Indian journal of veterinary science and animal husbandry - Volume 6,
Year: 1936
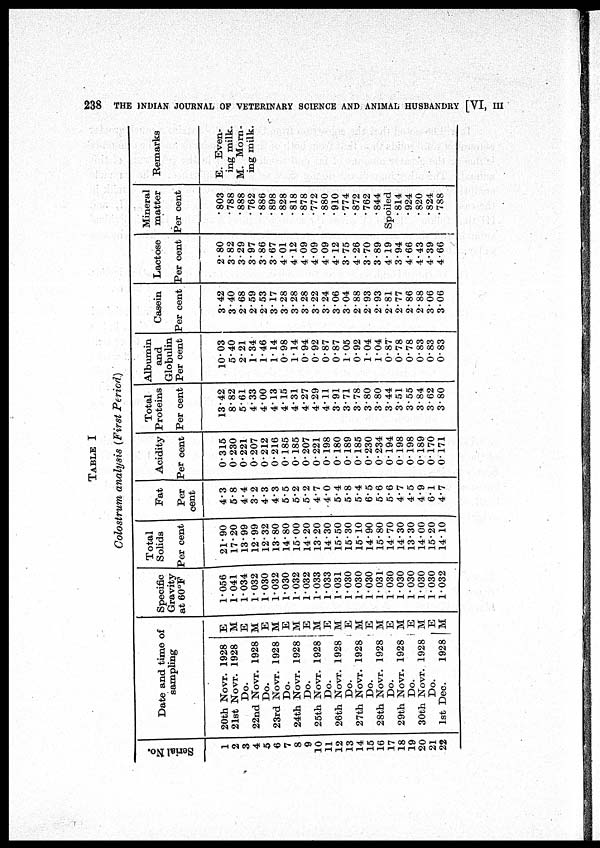
238
THE INDIAN JOURNAL OF VETERINARY SCIENCE AND ANIMAL HUSBANDRY [VI,
III
TABLE I
Colostrum analysis (First Period)
Serial No.
1
2
3
4
5
6
7
8
9
10
11
12
13
14
15
16
17
18
19
20
21
22
Date and time of
sampling
20th Novr. 1928
21st Novr. 1928
Do.
22nd Novr. 1928
Do.
23rd Novr. 1928
Do.
24th Novr. 1928
Do.
25th Novr. 1928
Do.
26th Novr. 1928
Do.
27th Novr. 1928
Do.
28th Novr. 1928
Do.
29th Novr. 1928
Do.
30th Novr. 1928
Do.
1st Dec.
1928
E
M
E
M
E
M
E
M
E
M
E
M
E
M
E
M
E
M
E
M
E
M
Specific
Gravity
at 60°F
1.056
1.041
1.034
1.032
1.030
1.032
1.030
1.032
1.032
1.033
1.033
1.031
1.030
1.030
1.030
1.031
1.030
1.030
1.030
1.030
1.030
1.032
Total
Solids
Per cent
21.90
17.20
13.99
12.99
12.32
13.80
14.80
15.00
14.20
13.20
14.30
15.50
15.30
15.10
14.90
15.80
14.70
14.30
13.30
14.00
15.20
14.10
Fat
Per
cent
4.3
5.8
4.4
3.2
4.3
4.3
5.5
5.2
5.2
4.7
4.0
5.4
5.8
5.4
6.5
5.6
5.6
4.7
4.5
4.9
6.1
4.7
Acidity
Per cent
0.315
0.230
0.221
0.207
0.212
0.216
0.185
0.185
0.207
0.221
0.198
0.180
0.189
0.185
0.230
0.234
0.194
0.198
0.198
0.189
0.170
0.171
Total
Proteins
Per cent
13.42
8.82
5.61
4.33
4.00
4.13
4.15
4.31
4.27
4.29
4.11
3.91
3.71
3.78
3.80
3.80
3.44
3.51
3.55
3.84
3.62
3.80
Albumin
and
Globulin
Per cent
10.03
5.40
2.21
1.34
1.46
1.14
0.98
1.14
0.94
0.92
0.87
0.87
1.05
0.92
1.04
1.04
0.87
0.78
0.78
0.83
0.83
0.83
Casein
Per cent
3.42
3.40
2.68
2.59
2.53
3.17
3.28
3.28
3.28
3.22
3.24
3.06
3.04
2.88
2.93
2.93
2.81
2.77
2.86
2.88
3.06
3.06
Lactose
Per cent
2.80
3.82
3.29
3.97
3.86
3.67
4.01
4.12
4.09
4.09
4.09
4.12
3.75
4.26
3.70
3.89
4.19
3.94
4.66
4.43
4.39
4.66
Mineral
matter
Per cent
.803
.788
.888
.762
.886
.898
.828
.818
.878
.772
.880
.910
.774
.872
.762
.844
Spoiled
.814
.924
.820
.824
.788
Remarks
E. Even-
ing milk.
M. Morn-
ing milk.